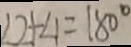
\angle 2 + \angle 1 = 1 8 0 ^ { \circ }